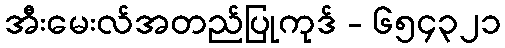
အီးမေးလ်အတည်ပြုကုဒ် - ၆၅၄၃၂၁